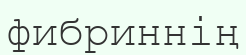
фибриннің